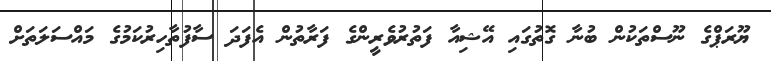
ޔޫރަޕްގެ ނޫސްތަކުން ބުނާ ގޮތުގައި އޭޝިއާ ފަތުރުވެރީންގެ ފަރާތުން އެފަދަ ސާފުތާހިރުކަމުގެ މައްސަލަތަށް